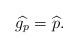
LaTeX: \begin{align*}\widehat{g_p}=\widehat p.\end{align*}